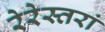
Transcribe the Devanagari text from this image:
रेरेस्तरां